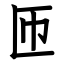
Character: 匝